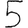
Digit: 5